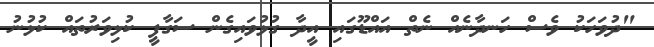
"ދުވަހަކު ވެސް ހަނދާނެއް ނެތް އައްޑޫގައި އީދާ ގުޅުވައިގެން ސަގާފީ ކުޅިވަރުތައް ކުޅުނު